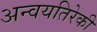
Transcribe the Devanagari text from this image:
अन्वयतिरेकी